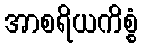
အာစရိယကိစ္စံ